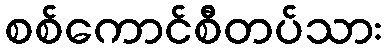
စစ်ကောင်စီတပ်သား